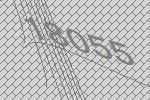
18055